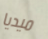
ميديا